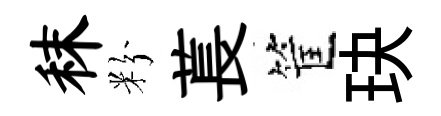
秣粉萇筐玦